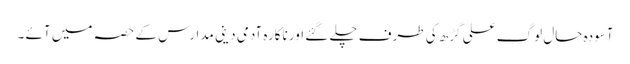
آسودہ حال لوگ علی گڑھ کی طرف چلے گئے اور ناکارہ آدمی دینی مدارس کے حصہ میں آئے ۔